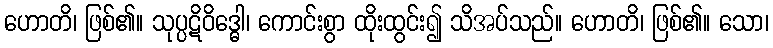
ဟောတိ၊ ဖြစ်၏။ သုပ္ပဋိဝိဒ္ဓေါ၊ ကောင်းစွာ ထိုးထွင်း၍ သိအပ်သည်။ ဟောတိ၊ ဖြစ်၏။ သော၊